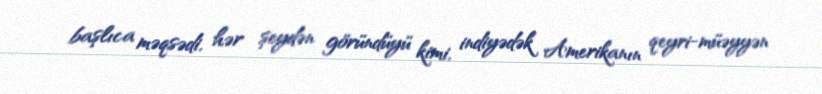
başlıca məqsədi, hər şeydən göründüyü kimi, indiyədək Amerikanın qeyri-müəyyən